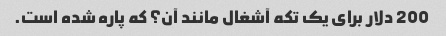
200 دلار برای یک تکه آشغال مانند آن؟ که پاره شده است.